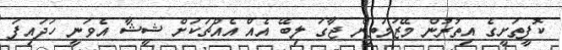
ކޮފީތަށީގެ އިތުރުން މޭޒުމަތިން ޖާގަ ލިބޭ އެއް އެއްޗަކަށް ޝީޝާ އެވަނީ ހަދައިފަ